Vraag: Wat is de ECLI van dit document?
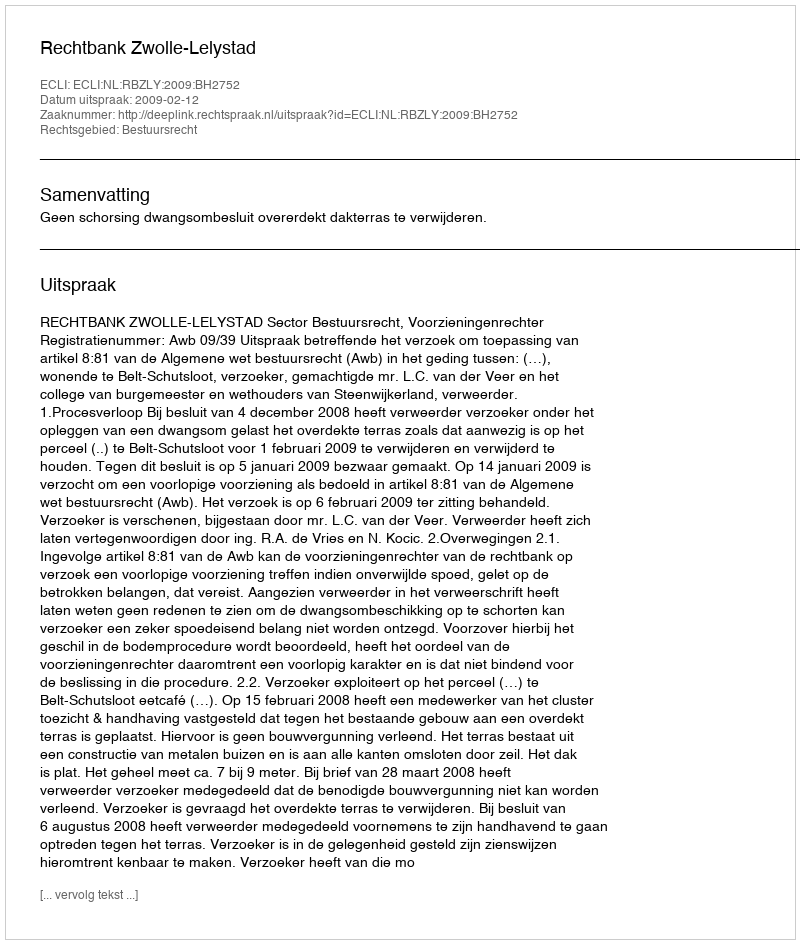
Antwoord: ECLI:NL:RBZLY:2009:BH2752